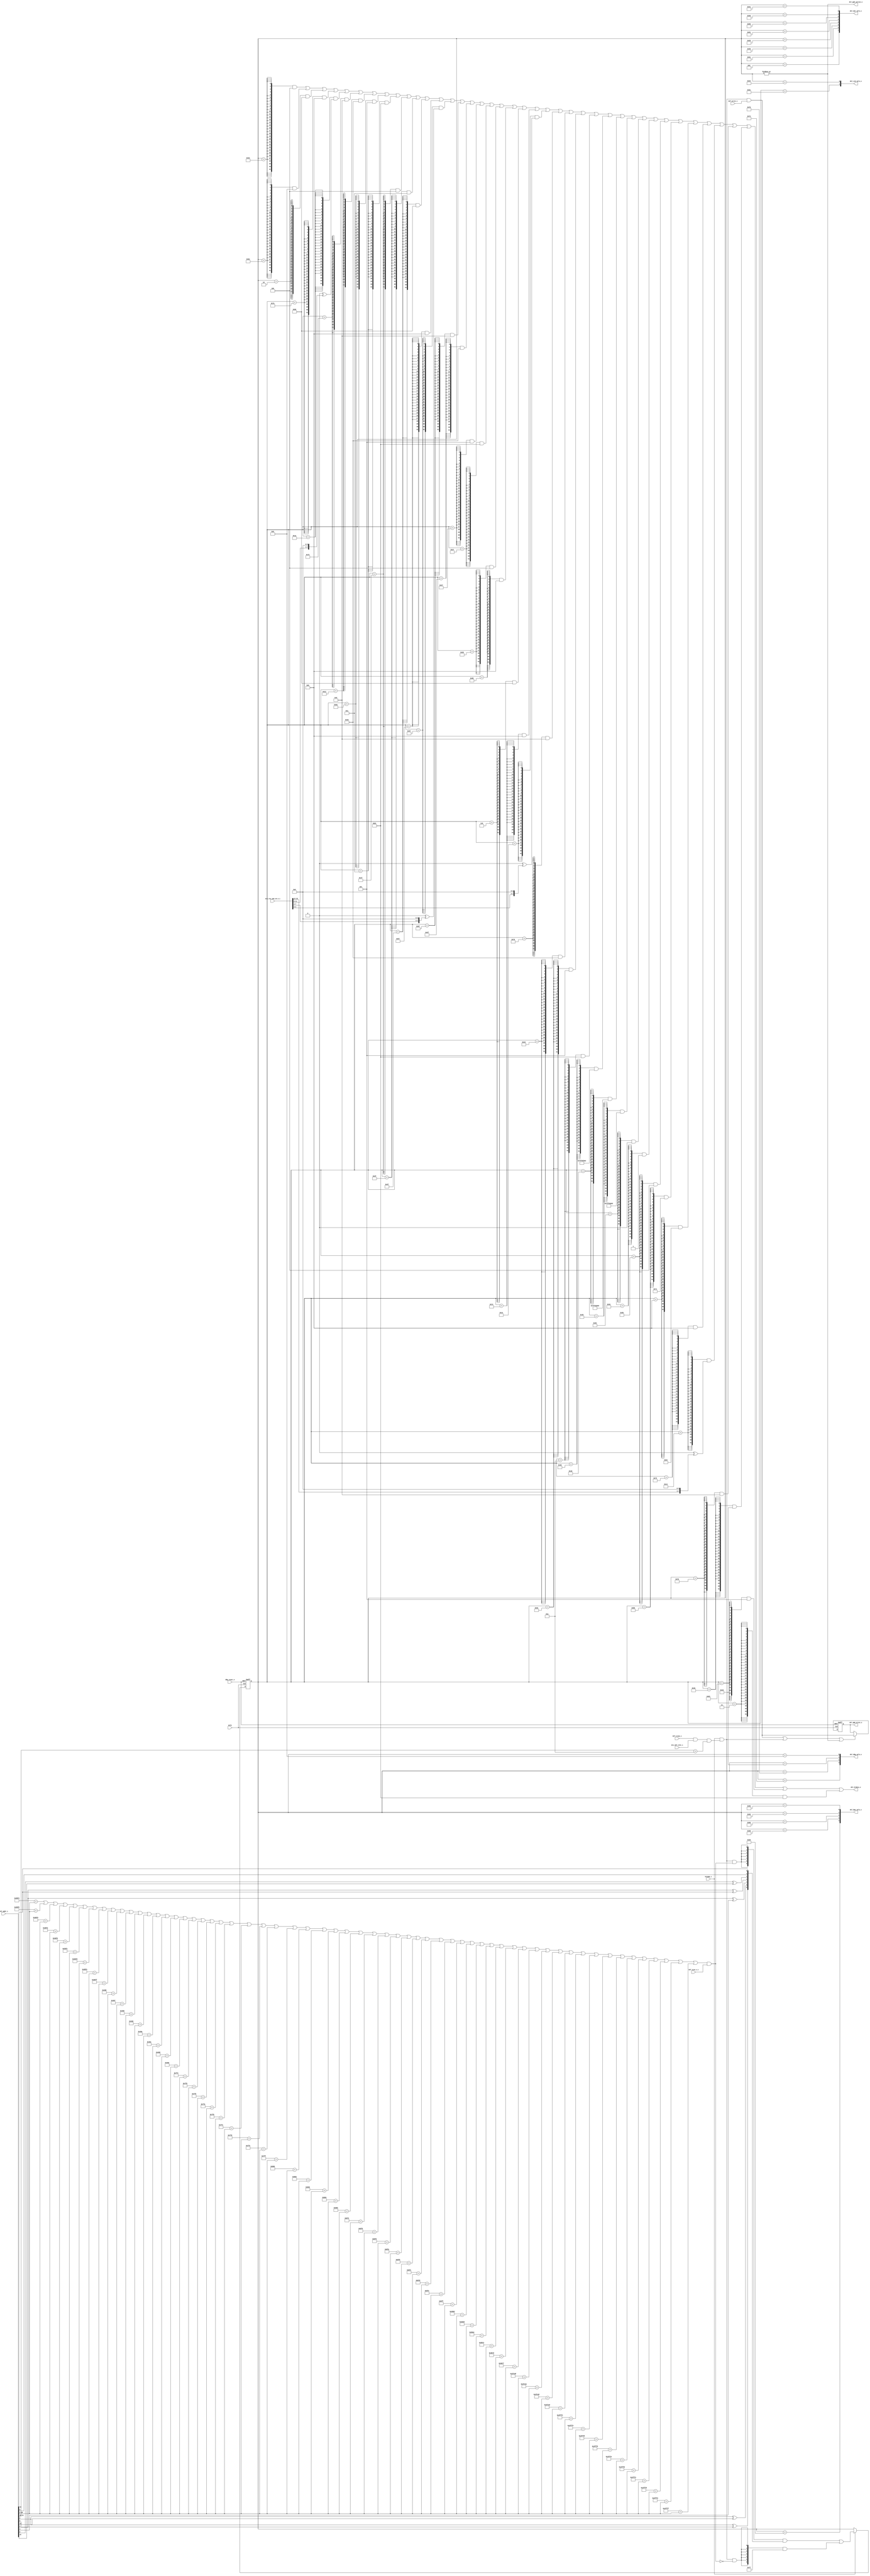
//-----------------------------------------------------------------------------
// The confidential and proprietary information contained in this file may
// only be used by a person authorised under and to the extent permitted
// by a subsisting licensing agreement from ARM Limited.
//
//            (C) COPYRIGHT 2008-2009 ARM Limited.
//                ALL RIGHTS RESERVED
//
// This entire notice must be reproduced on all copies of this file
// and copies of this file may only be made by a person if such person is
// permitted to do so under the terms of a subsisting license agreement
// from ARM Limited.
//
//      SVN Information
//
//      Checked In          : $Date: 2009-03-20 16:26:30 +0000 (Fri, 20 Mar 2009) $
//
//      Revision            : $Revision: 104820 $
//
//      Release Information : Cortex-M0-AT510-r0p0-00rel0
//-----------------------------------------------------------------------------

//-----------------------------------------------------------------------------
// CORTEX-M0 DEBUG PPB DECODER
//-----------------------------------------------------------------------------

module cm0_dbg_sel
  #(parameter CBAW = 0,
    parameter DBG  = 1,
    parameter BKPT = 4,
    parameter WPT  = 2)

   (input  wire        dclk,               // gated debug clock
    input  wire        dbg_reset_n,        // debug reset

    output wire [ 1:0] dsl_cid_sels_o,     // core domain ID selects
    output wire [ 3:0] dsl_dbg_sels_o,     // debug control register selects
    output wire [ 4:0] dsl_bpu_sels_o,     // breakpoint unit register selects
    output wire [ 7:0] dsl_dwt_sels_o,     // watchpoint unit register selects
    output wire        dsl_ppb_write_o,    // write performed to PPB space
    output wire        dsl_ppb_active_o,   // PPB not AHB is current slave
    output wire [31:0] dsl_hrdata_o,       // debug component ID read-data

    input  wire        hready_i,           // AHB ready / core advance
    input  wire [15:0] eco_rev_num_19_4_i, // revision number ECOs

    input  wire        dif_size_1_i,       // transaction is word-sized
    input  wire        dif_trans_i,        // transaction
    input  wire [31:0] dif_addr_i,         // transaction address
    input  wire        dif_write_i,        // transaction is a write
    input  wire        mtx_dif_slot_i);    // matrix accepted transaction

   // ------------------------------------------------------------
   // Configurability
   // ------------------------------------------------------------

   wire        para_dwt = (DBG != 0) & (WPT  != 0);
   wire        para_bpu = (DBG != 0) & (BKPT != 0);

   wire        cfg_dbg  = (CBAW == 0) ? (DBG != 0)  : 1'bZ;
   wire        cfg_dwt  = (CBAW == 0) ? para_dwt    : 1'bZ;
   wire        cfg_bpu  = (CBAW == 0) ? para_bpu    : 1'bZ;

   // ------------------------------------------------------------
   // Mask inputs based on configuration
   // ------------------------------------------------------------

   wire        hready           = cfg_dbg ? hready_i           :  1'b0;
   wire [15:0] eco_rev_num_19_4 = cfg_dbg ? eco_rev_num_19_4_i : 16'b0;
   wire        dif_size_1       = cfg_dbg ? dif_size_1_i       :  1'b0;
   wire        dif_trans        = cfg_dbg ? dif_trans_i        :  1'b0;
   wire [31:0] dif_addr         = cfg_dbg ? dif_addr_i         : 32'b0;
   wire        dif_write        = cfg_dbg ? dif_write_i        :  1'b0;
   wire        mtx_dif_slot     = cfg_dbg ? mtx_dif_slot_i     :  1'b0;

   // ------------------------------------------------------------
   // PPB write, SCS selector, and CPU guard registers
   // ------------------------------------------------------------

   reg  [ 6:0] scs_sel;   // encoded PPB space register select
   reg         ppb_write; // access to PPB is a write

   // ------------------------------------------------------------
   // Create constants for PPB address decoding
   // ------------------------------------------------------------

   localparam [31:0] const_a_dwt_ctl    = 32'hE0001000;
   localparam [31:0] const_a_dwt_pcsr   = 32'hE000101C;
   localparam [31:0] const_a_dwt_comp0  = 32'hE0001020;
   localparam [31:0] const_a_dwt_mask0  = 32'hE0001024;
   localparam [31:0] const_a_dwt_func0  = 32'hE0001028;
   localparam [31:0] const_a_dwt_comp1  = 32'hE0001030;
   localparam [31:0] const_a_dwt_mask1  = 32'hE0001034;
   localparam [31:0] const_a_dwt_func1  = 32'hE0001038;
   localparam [31:0] const_a_dwt_pid4   = 32'hE0001FD0;
   localparam [31:0] const_a_dwt_pid0   = 32'hE0001FE0;
   localparam [31:0] const_a_dwt_pid1   = 32'hE0001FE4;
   localparam [31:0] const_a_dwt_pid2   = 32'hE0001FE8;
   localparam [31:0] const_a_dwt_pid3   = 32'hE0001FEC;
   localparam [31:0] const_a_dwt_cid0   = 32'hE0001FF0;
   localparam [31:0] const_a_dwt_cid1   = 32'hE0001FF4;
   localparam [31:0] const_a_dwt_cid2   = 32'hE0001FF8;
   localparam [31:0] const_a_dwt_cid3   = 32'hE0001FFC;

   localparam [31:0] const_a_bp_ctrl    = 32'hE0002000;
   localparam [31:0] const_a_bp_comp0   = 32'hE0002008;
   localparam [31:0] const_a_bp_comp1   = 32'hE000200C;
   localparam [31:0] const_a_bp_comp2   = 32'hE0002010;
   localparam [31:0] const_a_bp_comp3   = 32'hE0002014;
   localparam [31:0] const_a_bp_pid4    = 32'hE0002FD0;
   localparam [31:0] const_a_bp_pid0    = 32'hE0002FE0;
   localparam [31:0] const_a_bp_pid1    = 32'hE0002FE4;
   localparam [31:0] const_a_bp_pid2    = 32'hE0002FE8;
   localparam [31:0] const_a_bp_pid3    = 32'hE0002FEC;
   localparam [31:0] const_a_bp_cid0    = 32'hE0002FF0;
   localparam [31:0] const_a_bp_cid1    = 32'hE0002FF4;
   localparam [31:0] const_a_bp_cid2    = 32'hE0002FF8;
   localparam [31:0] const_a_bp_cid3    = 32'hE0002FFC;

   localparam [31:0] const_a_actlr      = 32'hE000E008;
   localparam [31:0] const_a_cpuid      = 32'hE000ED00;
   localparam [31:0] const_a_dfsr       = 32'hE000ED30;
   localparam [31:0] const_a_dhcsr      = 32'hE000EDF0;
   localparam [31:0] const_a_dcrsr      = 32'hE000EDF4;
   localparam [31:0] const_a_demcr      = 32'hE000EDFC;

   localparam [31:0] const_a_scs_pid4   = 32'hE000EFD0;
   localparam [31:0] const_a_scs_pid0   = 32'hE000EFE0;
   localparam [31:0] const_a_scs_pid1   = 32'hE000EFE4;
   localparam [31:0] const_a_scs_pid2   = 32'hE000EFE8;
   localparam [31:0] const_a_scs_pid3   = 32'hE000EFEC;
   localparam [31:0] const_a_scs_cid0   = 32'hE000EFF0;
   localparam [31:0] const_a_scs_cid1   = 32'hE000EFF4;
   localparam [31:0] const_a_scs_cid2   = 32'hE000EFF8;
   localparam [31:0] const_a_scs_cid3   = 32'hE000EFFC;

   localparam [31:0] const_a_rom_scs    = 32'hE00FF000;
   localparam [31:0] const_a_rom_dwt    = 32'hE00FF004;
   localparam [31:0] const_a_rom_bpu    = 32'hE00FF008;
   localparam [31:0] const_a_rom_eot    = 32'hE00FF00C;
   localparam [31:0] const_a_rom_csmt   = 32'hE00FFFCC;
   localparam [31:0] const_a_rom_pid4   = 32'hE00FFFD0;
   localparam [31:0] const_a_rom_pid0   = 32'hE00FFFE0;
   localparam [31:0] const_a_rom_pid1   = 32'hE00FFFE4;
   localparam [31:0] const_a_rom_pid2   = 32'hE00FFFE8;
   localparam [31:0] const_a_rom_pid3   = 32'hE00FFFEC;
   localparam [31:0] const_a_rom_cid0   = 32'hE00FFFF0;
   localparam [31:0] const_a_rom_cid1   = 32'hE00FFFF4;
   localparam [31:0] const_a_rom_cid2   = 32'hE00FFFF8;
   localparam [31:0] const_a_rom_cid3   = 32'hE00FFFFC;

   // ------------------------------------------------------------
   // Debug SCS hashing function
   // ------------------------------------------------------------
   // must generate a unique, non-zero value for valid selections,
   // the exclusive-OR pairs are: {C629533}, {0FD02C4}, with 0x7F
   // available as the unmatched PPB space hit

   function [6:0] scs_hash;
      input [31:0] i_key;
      begin
        scs_hash = { i_key[ 2] ^ i_key[ 5],
                     i_key[ 2] ^ i_key[13],
                     i_key[ 3] ^ i_key[ 4],
                     i_key[ 3] ^ i_key[12],
                     i_key[ 6] ^ i_key[15],
                     i_key[ 9],
                     i_key[12] };
        end
   endfunction

   // ------------------------------------------------------------
   // SCS matching functions
   // ------------------------------------------------------------
   // uses hash and a specific enable to determine one-hot select

   function scs_dwt_sel;
      input [ 9:0] i_key;
      input [31:0] i_raw_addr;
      begin
        scs_dwt_sel = i_key[7] & (i_key[6:0] == scs_hash(i_raw_addr));
      end
   endfunction

   function scs_bpu_sel;
      input [ 9:0] i_key;
      input [31:0] i_raw_addr;
      begin
        scs_bpu_sel = i_key[8] & (i_key[6:0] == scs_hash(i_raw_addr));
      end
   endfunction

   function scs_dbg_sel;
      input [ 9:0] i_key;
      input [31:0] i_raw_addr;
      begin
        scs_dbg_sel = i_key[9] & (i_key[6:0] == scs_hash(i_raw_addr));
      end
   endfunction

   // ------------------------------------------------------------
   // Address and debug master check functions
   // ------------------------------------------------------------
   // returns true if address[28:2] results in an SCS "hit"

   function scs_dbg_chk;
      input [26:0] i_m_addr;
      input [31:0] i_raw_addr;
      begin
        scs_dbg_chk = i_raw_addr[28:2] == i_m_addr[26:0];
      end
   endfunction

   // ------------------------------------------------------------
   // Factor debug transaction slot into ppb_trans
   // ------------------------------------------------------------

   wire        scs_prefix = dif_addr[31:28] == 4'hE;

   wire        ppb_trans  = dif_trans & mtx_dif_slot & scs_prefix;

   // ------------------------------------------------------------
   // Determine whether address hits in the SCS
   // ------------------------------------------------------------

   wire [26:0] scs_mad    = dif_addr[28:2];

   wire        scs_match  =
               ( // DEBUG ACCESSIBLE REGISTERS
                 scs_dbg_chk(scs_mad, const_a_scs_pid4)   |
                 scs_dbg_chk(scs_mad, const_a_scs_pid0)   |
                 scs_dbg_chk(scs_mad, const_a_scs_pid1)   |
                 scs_dbg_chk(scs_mad, const_a_scs_pid2)   |
                 scs_dbg_chk(scs_mad, const_a_scs_pid3)   |
                 scs_dbg_chk(scs_mad, const_a_scs_cid0)   |
                 scs_dbg_chk(scs_mad, const_a_scs_cid1)   |
                 scs_dbg_chk(scs_mad, const_a_scs_cid2)   |
                 scs_dbg_chk(scs_mad, const_a_scs_cid3)   |

                 scs_dbg_chk(scs_mad, const_a_dwt_ctl)    |
                 scs_dbg_chk(scs_mad, const_a_dwt_pcsr)   |
                 scs_dbg_chk(scs_mad, const_a_dwt_comp0)  |
                 scs_dbg_chk(scs_mad, const_a_dwt_mask0)  |
                 scs_dbg_chk(scs_mad, const_a_dwt_func0)  |
                 scs_dbg_chk(scs_mad, const_a_dwt_comp1)  |
                 scs_dbg_chk(scs_mad, const_a_dwt_mask1)  |
                 scs_dbg_chk(scs_mad, const_a_dwt_func1)  |
                 scs_dbg_chk(scs_mad, const_a_dwt_pid4)   |
                 scs_dbg_chk(scs_mad, const_a_dwt_pid0)   |
                 scs_dbg_chk(scs_mad, const_a_dwt_pid1)   |
                 scs_dbg_chk(scs_mad, const_a_dwt_pid2)   |
                 scs_dbg_chk(scs_mad, const_a_dwt_pid3)   |
                 scs_dbg_chk(scs_mad, const_a_dwt_cid0)   |
                 scs_dbg_chk(scs_mad, const_a_dwt_cid1)   |
                 scs_dbg_chk(scs_mad, const_a_dwt_cid2)   |
                 scs_dbg_chk(scs_mad, const_a_dwt_cid3)   |

                 scs_dbg_chk(scs_mad, const_a_bp_ctrl)    |
                 scs_dbg_chk(scs_mad, const_a_bp_comp0)   |
                 scs_dbg_chk(scs_mad, const_a_bp_comp1)   |
                 scs_dbg_chk(scs_mad, const_a_bp_comp2)   |
                 scs_dbg_chk(scs_mad, const_a_bp_comp3)   |
                 scs_dbg_chk(scs_mad, const_a_bp_pid4)    |
                 scs_dbg_chk(scs_mad, const_a_bp_pid0)    |
                 scs_dbg_chk(scs_mad, const_a_bp_pid1)    |
                 scs_dbg_chk(scs_mad, const_a_bp_pid2)    |
                 scs_dbg_chk(scs_mad, const_a_bp_pid3)    |
                 scs_dbg_chk(scs_mad, const_a_bp_cid0)    |
                 scs_dbg_chk(scs_mad, const_a_bp_cid1)    |
                 scs_dbg_chk(scs_mad, const_a_bp_cid2)    |
                 scs_dbg_chk(scs_mad, const_a_bp_cid3)    |

                 scs_dbg_chk(scs_mad, const_a_actlr)      |
                 scs_dbg_chk(scs_mad, const_a_cpuid)      |
                 scs_dbg_chk(scs_mad, const_a_dfsr)       |
                 scs_dbg_chk(scs_mad, const_a_dhcsr)      |
                 scs_dbg_chk(scs_mad, const_a_dcrsr)      |
                 scs_dbg_chk(scs_mad, const_a_demcr)      |

                 scs_dbg_chk(scs_mad, const_a_rom_scs)    |
                 scs_dbg_chk(scs_mad, const_a_rom_dwt)    |
                 scs_dbg_chk(scs_mad, const_a_rom_bpu)    |
                 scs_dbg_chk(scs_mad, const_a_rom_eot)    |
                 scs_dbg_chk(scs_mad, const_a_rom_csmt)   |
                 scs_dbg_chk(scs_mad, const_a_rom_pid4)   |
                 scs_dbg_chk(scs_mad, const_a_rom_pid0)   |
                 scs_dbg_chk(scs_mad, const_a_rom_pid1)   |
                 scs_dbg_chk(scs_mad, const_a_rom_pid2)   |
                 scs_dbg_chk(scs_mad, const_a_rom_pid3)   |
                 scs_dbg_chk(scs_mad, const_a_rom_cid0)   |
                 scs_dbg_chk(scs_mad, const_a_rom_cid1)   |
                 scs_dbg_chk(scs_mad, const_a_rom_cid2)   |
                 scs_dbg_chk(scs_mad, const_a_rom_cid3)   );

   // ------------------------------------------------------------
   // Construct compressed address
   // ------------------------------------------------------------

   // to reduce area, use the hashing function to compress the
   // PPB space into an 8-bit value; for transactions that hit
   // in the PPB space, but do not hit a decoded address it
   // is still required to place a non-zero value into the
   // hash registers so as to allow scs_active to direct zeros
   // from the PPB space rather than potentially X's from AHB
   // for core/debugger reads

   wire [ 6:0] scs_null      = 7'b1111111;

   wire [ 6:0] scs_addr      = scs_hash(dif_addr[31:0]);

   wire        scs_valid     = scs_match & dif_size_1;
   wire        scs_trans     = hready & ppb_trans &  scs_valid;
   wire        scs_zero      = hready & ppb_trans & ~scs_valid;

   wire [ 6:0] scs_sel_nxt   = ( {7{scs_trans}} & scs_addr |
                                 {7{scs_zero}}  & scs_null );

   wire        scs_active    = |scs_sel;

   // for power saving, a large number of the NVIC registers
   // are only clocked during a ppb_write phase (assuming ACGs
   // are implemented), this requires that ppb_write self clear
   // after any PPB transaction

   wire        ppb_write_nxt = ( hready &
                                 ppb_trans &
                                 dif_write );

   wire        ppb_write_en  = ( ppb_write_nxt |
                                 hready & ppb_trans |
                                 scs_active );

   wire        scs_sel_en    = hready;

   // ------------------------------------------------------------
   // Expand one-hot selects for data-phase
   // ------------------------------------------------------------

   wire [ 9:0] scs_key        = { cfg_dbg, cfg_bpu, cfg_dwt,
                                  scs_sel[6:0] };

   wire        sel_scs_pid4   = scs_dbg_sel(scs_key, const_a_scs_pid4);
   wire        sel_scs_pid0   = scs_dbg_sel(scs_key, const_a_scs_pid0);
   wire        sel_scs_pid1   = scs_dbg_sel(scs_key, const_a_scs_pid1);
   wire        sel_scs_pid2   = scs_dbg_sel(scs_key, const_a_scs_pid2);
   wire        sel_scs_pid3   = scs_dbg_sel(scs_key, const_a_scs_pid3);
   wire        sel_scs_cid0   = scs_dbg_sel(scs_key, const_a_scs_cid0);
   wire        sel_scs_cid1   = scs_dbg_sel(scs_key, const_a_scs_cid1);
   wire        sel_scs_cid2   = scs_dbg_sel(scs_key, const_a_scs_cid2);
   wire        sel_scs_cid3   = scs_dbg_sel(scs_key, const_a_scs_cid3);

   wire        sel_dwt_ctl    = scs_dwt_sel(scs_key, const_a_dwt_ctl);
   wire        sel_dwt_pcsr   = scs_dwt_sel(scs_key, const_a_dwt_pcsr);
   wire        sel_dwt_comp0  = scs_dwt_sel(scs_key, const_a_dwt_comp0);
   wire        sel_dwt_mask0  = scs_dwt_sel(scs_key, const_a_dwt_mask0);
   wire        sel_dwt_func0  = scs_dwt_sel(scs_key, const_a_dwt_func0);
   wire        sel_dwt_comp1  = scs_dwt_sel(scs_key, const_a_dwt_comp1);
   wire        sel_dwt_mask1  = scs_dwt_sel(scs_key, const_a_dwt_mask1);
   wire        sel_dwt_func1  = scs_dwt_sel(scs_key, const_a_dwt_func1);
   wire        sel_dwt_pid4   = scs_dwt_sel(scs_key, const_a_dwt_pid4);
   wire        sel_dwt_pid0   = scs_dwt_sel(scs_key, const_a_dwt_pid0);
   wire        sel_dwt_pid1   = scs_dwt_sel(scs_key, const_a_dwt_pid1);
   wire        sel_dwt_pid2   = scs_dwt_sel(scs_key, const_a_dwt_pid2);
   wire        sel_dwt_pid3   = scs_dwt_sel(scs_key, const_a_dwt_pid3);
   wire        sel_dwt_cid0   = scs_dwt_sel(scs_key, const_a_dwt_cid0);
   wire        sel_dwt_cid1   = scs_dwt_sel(scs_key, const_a_dwt_cid1);
   wire        sel_dwt_cid2   = scs_dwt_sel(scs_key, const_a_dwt_cid2);
   wire        sel_dwt_cid3   = scs_dwt_sel(scs_key, const_a_dwt_cid3);

   wire        sel_bp_ctrl    = scs_bpu_sel(scs_key, const_a_bp_ctrl);
   wire        sel_bp_comp0   = scs_bpu_sel(scs_key, const_a_bp_comp0);
   wire        sel_bp_comp1   = scs_bpu_sel(scs_key, const_a_bp_comp1);
   wire        sel_bp_comp2   = scs_bpu_sel(scs_key, const_a_bp_comp2);
   wire        sel_bp_comp3   = scs_bpu_sel(scs_key, const_a_bp_comp3);
   wire        sel_bp_pid4    = scs_bpu_sel(scs_key, const_a_bp_pid4);
   wire        sel_bp_pid0    = scs_bpu_sel(scs_key, const_a_bp_pid0);
   wire        sel_bp_pid1    = scs_bpu_sel(scs_key, const_a_bp_pid1);
   wire        sel_bp_pid2    = scs_bpu_sel(scs_key, const_a_bp_pid2);
   wire        sel_bp_pid3    = scs_bpu_sel(scs_key, const_a_bp_pid3);
   wire        sel_bp_cid0    = scs_bpu_sel(scs_key, const_a_bp_cid0);
   wire        sel_bp_cid1    = scs_bpu_sel(scs_key, const_a_bp_cid1);
   wire        sel_bp_cid2    = scs_bpu_sel(scs_key, const_a_bp_cid2);
   wire        sel_bp_cid3    = scs_bpu_sel(scs_key, const_a_bp_cid3);

   wire        sel_actlr      = scs_dbg_sel(scs_key, const_a_actlr);
   wire        sel_cpuid      = scs_dbg_sel(scs_key, const_a_cpuid);
   wire        sel_dfsr       = scs_dbg_sel(scs_key, const_a_dfsr);
   wire        sel_dhcsr      = scs_dbg_sel(scs_key, const_a_dhcsr);
   wire        sel_dcrsr      = scs_dbg_sel(scs_key, const_a_dcrsr);
   wire        sel_demcr      = scs_dbg_sel(scs_key, const_a_demcr);

   wire        sel_rom_scs    = scs_dbg_sel(scs_key, const_a_rom_scs);
   wire        sel_rom_dwt    = scs_dbg_sel(scs_key, const_a_rom_dwt);
   wire        sel_rom_bpu    = scs_dbg_sel(scs_key, const_a_rom_bpu);
   wire        sel_rom_eot    = scs_dbg_sel(scs_key, const_a_rom_eot);
   wire        sel_rom_csmt   = scs_dbg_sel(scs_key, const_a_rom_csmt);
   wire        sel_rom_pid4   = scs_dbg_sel(scs_key, const_a_rom_pid4);
   wire        sel_rom_pid0   = scs_dbg_sel(scs_key, const_a_rom_pid0);
   wire        sel_rom_pid1   = scs_dbg_sel(scs_key, const_a_rom_pid1);
   wire        sel_rom_pid2   = scs_dbg_sel(scs_key, const_a_rom_pid2);
   wire        sel_rom_pid3   = scs_dbg_sel(scs_key, const_a_rom_pid3);
   wire        sel_rom_cid0   = scs_dbg_sel(scs_key, const_a_rom_cid0);
   wire        sel_rom_cid1   = scs_dbg_sel(scs_key, const_a_rom_cid1);
   wire        sel_rom_cid2   = scs_dbg_sel(scs_key, const_a_rom_cid2);
   wire        sel_rom_cid3   = scs_dbg_sel(scs_key, const_a_rom_cid3);

   // ------------------------------------------------------------
   // Selector register
   // ------------------------------------------------------------

   always @(posedge dclk or negedge dbg_reset_n)
     if(~dbg_reset_n)
       scs_sel <= {7{1'b0}};
     else if(scs_sel_en)
       scs_sel <= scs_sel_nxt[6:0];

   always @(posedge dclk or negedge dbg_reset_n)
     if(~dbg_reset_n)
       ppb_write <= 1'b0;
     else if(ppb_write_en)
       ppb_write <= ppb_write_nxt;

   // ------------------------------------------------------------
   // Construct ID values with implementor ECO bits
   // ------------------------------------------------------------

   // ECOREVNUM at the top-level provides the architectural and
   // design methodology recommended ability to patch a set of
   // revision/patch fields; typically these values will be zero
   // the core CPUID is generated within the core domain

   wire [31:0] eco_rom_pid3 = {24'b0, eco_rev_num_19_4[15:12], 4'b0};
   wire [31:0] eco_scs_pid3 = {24'b0, eco_rev_num_19_4[11: 8], 4'b0};
   wire [31:0] eco_dwt_pid3 = {24'b0, eco_rev_num_19_4[ 7: 4], 4'b0};
   wire [31:0] eco_bp_pid3  = {24'b0, eco_rev_num_19_4[ 3: 0], 4'b0};

   wire [31:0] val_rom_pid3 = 32'h00000000 ^ eco_rom_pid3;
   wire [31:0] val_scs_pid3 = 32'h00000000 ^ eco_scs_pid3;
   wire [31:0] val_dwt_pid3 = 32'h00000000 ^ eco_dwt_pid3;
   wire [31:0] val_bp_pid3  = 32'h00000000 ^ eco_bp_pid3;

   // ------------------------------------------------------------
   // Modify ROM table for presence of DWT/BPU
   // ------------------------------------------------------------

   // when a breakpoint or watchpoint unit is present, its
   // presence is recorded by setting bit[0] of each units
   // respective ROM table entry

   wire [31:0] val_rom_dwt  = 32'hFFF02002 | {31'b0, cfg_dwt};
   wire [31:0] val_rom_bpu  = 32'hFFF03002 | {31'b0, cfg_bpu};

   // ------------------------------------------------------------
   // Construct ID value bus locally to benefit from minimisation
   // ------------------------------------------------------------

   // a large number of the decoded addresses contain hardcoded
   // read-only values, to benefit from area reduction through
   // commonality, the bulk of these values are implemented as a
   // single logic cone here, the exceptions being the fields
   // indicating the number of implemented comparators in both
   // the breakpoint and watchpoint units

   wire [31:0] hrdata = ( {32{sel_scs_pid4}} & 32'h00000004 |
                          {32{sel_scs_pid0}} & 32'h00000008 |
                          {32{sel_scs_pid1}} & 32'h000000B0 |
                          {32{sel_scs_pid2}} & 32'h0000000B |
                          {32{sel_scs_pid3}} & val_scs_pid3 |
                          {32{sel_scs_cid0}} & 32'h0000000D |
                          {32{sel_scs_cid1}} & 32'h000000E0 |
                          {32{sel_scs_cid2}} & 32'h00000005 |
                          {32{sel_scs_cid3}} & 32'h000000B1 |

                          {32{sel_dwt_pid4}} & 32'h00000004 |
                          {32{sel_dwt_pid0}} & 32'h0000000A |
                          {32{sel_dwt_pid1}} & 32'h000000B0 |
                          {32{sel_dwt_pid2}} & 32'h0000000B |
                          {32{sel_dwt_pid3}} & val_dwt_pid3 |
                          {32{sel_dwt_cid0}} & 32'h0000000D |
                          {32{sel_dwt_cid1}} & 32'h000000E0 |
                          {32{sel_dwt_cid2}} & 32'h00000005 |
                          {32{sel_dwt_cid3}} & 32'h000000B1 |

                          {32{sel_bp_pid4}}  & 32'h00000004 |
                          {32{sel_bp_pid0}}  & 32'h0000000B |
                          {32{sel_bp_pid1}}  & 32'h000000B0 |
                          {32{sel_bp_pid2}}  & 32'h0000000B |
                          {32{sel_bp_pid3}}  & val_bp_pid3  |
                          {32{sel_bp_cid0}}  & 32'h0000000D |
                          {32{sel_bp_cid1}}  & 32'h000000E0 |
                          {32{sel_bp_cid2}}  & 32'h00000005 |
                          {32{sel_bp_cid3}}  & 32'h000000B1 |

                          {32{sel_rom_scs}}  & 32'hFFF0F003 |
                          {32{sel_rom_dwt}}  & val_rom_dwt  |
                          {32{sel_rom_bpu}}  & val_rom_bpu  |
                          {32{sel_rom_eot}}  & 32'h00000000 |

                          {32{sel_rom_csmt}} & 32'h00000001 |
                          {32{sel_rom_pid4}} & 32'h00000004 |
                          {32{sel_rom_pid0}} & 32'h00000071 |
                          {32{sel_rom_pid1}} & 32'h000000B4 |
                          {32{sel_rom_pid2}} & 32'h0000000B |
                          {32{sel_rom_pid3}} & val_rom_pid3 |
                          {32{sel_rom_cid0}} & 32'h0000000D |
                          {32{sel_rom_cid1}} & 32'h00000010 |
                          {32{sel_rom_cid2}} & 32'h00000005 |
                          {32{sel_rom_cid3}} & 32'h000000B1 );

   // ------------------------------------------------------------
   // Construct output busses
   // ------------------------------------------------------------

   // the selects are split into two groups, one intended for
   // the NVIC (vic) and the other set intended for the debug
   // components (dbg, bpu and dwt)

   wire [ 3:0] dbg_sels = { sel_dfsr,       sel_dhcsr,
                            sel_dcrsr,      sel_demcr };

   wire [ 4:0] bpu_sels = { sel_bp_ctrl,    sel_bp_comp0,
                            sel_bp_comp1,   sel_bp_comp2,
                            sel_bp_comp3 };

   wire [ 7:0] dwt_sels = { sel_dwt_ctl,    sel_dwt_pcsr,
                            sel_dwt_comp0,  sel_dwt_mask0,
                            sel_dwt_func0,  sel_dwt_comp1,
                            sel_dwt_mask1,  sel_dwt_func1 };

   wire [ 1:0] cid_sels = { sel_actlr, sel_cpuid };

   // ------------------------------------------------------------
   // Assign outputs
   // ------------------------------------------------------------

   assign dsl_dbg_sels_o   = cfg_dbg ? dbg_sels   :  4'b0;
   assign dsl_bpu_sels_o   = cfg_bpu ? bpu_sels   :  5'b0;
   assign dsl_dwt_sels_o   = cfg_dwt ? dwt_sels   :  8'b0;
   assign dsl_cid_sels_o   = cfg_dbg ? cid_sels   :  2'b0;
   assign dsl_hrdata_o     = cfg_dbg ? hrdata     : 32'b0;
   assign dsl_ppb_write_o  = cfg_dbg ? ppb_write  :  1'b0;
   assign dsl_ppb_active_o = cfg_dbg ? scs_active :  1'b0;

   // ------------------------------------------------------------

`ifdef ARM_ASSERT_ON
   // ------------------------------------------------------------
   // Assertions
   // ------------------------------------------------------------

`include "std_ovl_defines.h"

   // register enable X check
   assert_never_unknown
     #(`OVL_FATAL,2,`OVL_ASSERT,"Register enables must never be X")
       u_asrt_reg_en_x
         (.clk       (dclk),
          .reset_n   (dbg_reset_n),
          .qualifier (1'b1),
          .test_expr ({ scs_sel_en,
                        ppb_write_en }));

   // scs_addr must not be zero if the address is valid
   assert_implication
     #(`OVL_FATAL,`OVL_ASSERT,"Valid SCS hashes must be non-zero")
   u_asrt_hash_safe
     (.clk(dclk), .reset_n(dbg_reset_n),
      .antecedent_expr(scs_trans),
      .consequent_expr(|scs_addr) );

   // scs_addr must not coincide with zero select value
   assert_implication
     #(`OVL_FATAL,`OVL_ASSERT,"Valid SCS hash clashes with NULL")
   u_asrt_hash_not_null
     (.clk(dclk), .reset_n(dbg_reset_n),
      .antecedent_expr(scs_zero),
      .consequent_expr(~scs_trans) );

   // Expanded PPB and debug selects must be zero if encoding zero
   assert_implication
     #(`OVL_FATAL,`OVL_ASSERT,"All outputs must be zero if no sels")
   u_asrt_sels_no_out
     (.clk(dclk), .reset_n(dbg_reset_n),
      .antecedent_expr(~|scs_sel),
      .consequent_expr(~|{dsl_dbg_sels_o,
                          dsl_bpu_sels_o,
                          dsl_dwt_sels_o,
                          dsl_cid_sels_o,
                          dsl_hrdata_o,
                          dsl_ppb_write_o,
                          dsl_ppb_active_o}) );

   // No transaction must result in no select in the next cycle
   assert_next
     #(`OVL_FATAL,1,1,0,`OVL_ASSERT,"Idle cycle cannot produce a sel")
   u_asrt_notx_nosel
     (.clk(dclk), .reset_n(dbg_reset_n),
      .start_event(~ppb_trans | ~hready),
      .test_expr(~|scs_sel) );

   // Parameterisable configuration check
   assert_never_unknown
     #(`OVL_FATAL,32,`OVL_ASSERT,"CBAW config unknown")
   u_asrt_cfg_cbaw
     ( .clk(dclk), .reset_n(1'b1), .qualifier(1'b1),
       .test_expr(CBAW) );

   // Parameterisable configuration check
   assert_never_unknown
     #(`OVL_FATAL,1,`OVL_ASSERT,"DBG config unknown")
   u_asrt_cfg_dbg
     ( .clk(dclk), .reset_n(1'b1), .qualifier(1'b1),
       .test_expr(cfg_dbg) );

   // Parameterisable configuration check
   assert_never_unknown
     #(`OVL_FATAL,1,`OVL_ASSERT,"DWT config unknown")
   u_asrt_cfg_dwt
     ( .clk(dclk), .reset_n(1'b1), .qualifier(1'b1),
       .test_expr(cfg_dwt) );

   // Parameterisable configuration check
   assert_never_unknown
     #(`OVL_FATAL,1,`OVL_ASSERT,"BPU config unknown")
   u_asrt_cfg_bpu
     ( .clk(dclk), .reset_n(1'b1), .qualifier(1'b1),
       .test_expr(cfg_bpu) );

`endif

endmodule // cm0_dbg_sel

//-----------------------------------------------------------------------------
// EOF
//-----------------------------------------------------------------------------